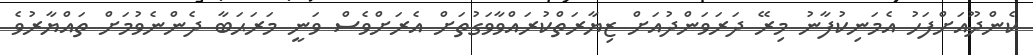
ކެންދޫއަށްފަހު އެމަނިކުފާނު މިރޭ ދަރަވަންދުއަށް ޒިޔާރަތްކުރައްވާވަގުތަށް އެރަށްވެސް ވަނީ މަރަޙަބާ ދެންނެވުމަށް ތައްޔާރުވެ